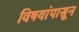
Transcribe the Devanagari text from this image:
विषयांपासून